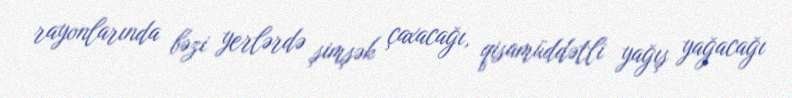
rayonlarında bəzi yerlərdə şimşək çaxacağı, qisamüddətli yağış yağacağı